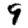
Digit: 9